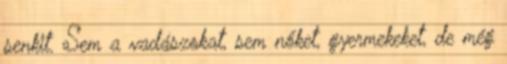
senkit. Sem a vadászokat, sem nőket, gyermekeket, de még